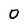
Character: 0